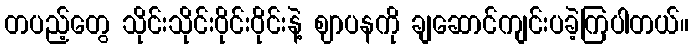
တပည့်တွေ သိုင်းသိုင်းဝိုင်းဝိုင်းနဲ့ ဈာပနကို ချဆောင်ကျင်းပခဲ့ကြပါတယ်။